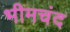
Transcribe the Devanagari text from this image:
भीमचंद